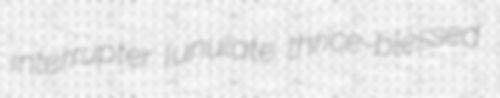
interrupter lunulate thrice-blessed